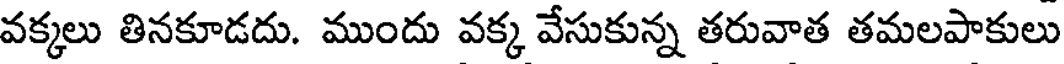
వక్కలు తినకూడదు. ముందు వక్క వేసుకున్న తరువాత తమలపాకులు